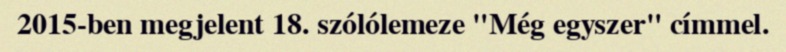
2015-ben megjelent 18. szólólemeze "Még egyszer" címmel.